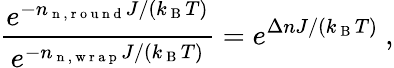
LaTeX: \frac{e^{-n_{\mathrm{~n~,~r~o~u~n~d~}}J/(k_{\mathrm{~B~}}T)}}{e^{-n_{\mathrm{~n~,~w~r~a~p~}}J/(k_{\mathrm{~B~}}T)}}=e^{\Delta nJ/(k_{\mathrm{~B~}}T)}\ ,